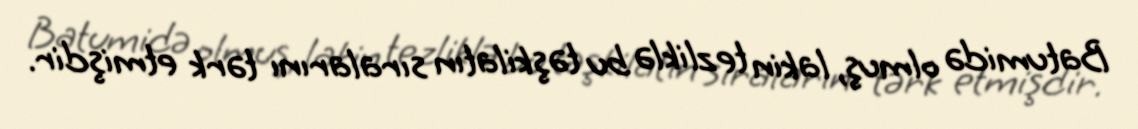
Batumidə olmuş, lakin tezliklə bu təşkilatın sıralarını tərk etmişdir.